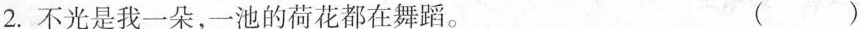
2.不光是我一朵，一池的荷花都在舞蹈。 ()